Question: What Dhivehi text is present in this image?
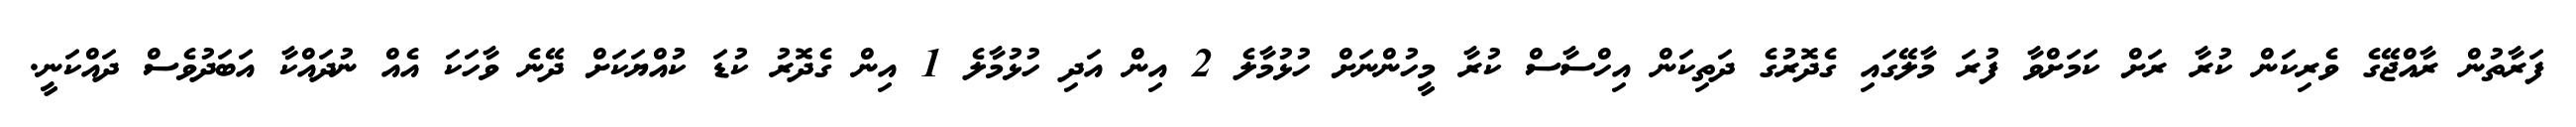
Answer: ފަރާތުން ރާއްޖޭގެ ވެރިކަން ކުރާ ރަށް ކަމަށްވާ ފުރަ މާލޭގައި ގެދޮރުގެ ދަތިކަން އިހްސާސް ކުރާ މީހުންނަށް ހުޅުމާލެ 2 އިން އަދި ހުޅުމާލެ 1 އިން ގެދޮރު ކުޑަ ކުއްޔަކަށް ދޭނެ ވާހަކަ އެއް ނުދައްކާ އަބަދުވެސް ދައްކަނީ.